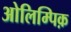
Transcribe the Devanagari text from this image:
ओलिम्पिक़